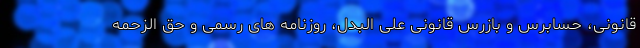
قانونی، حسابرس و بازرس قانونی علی البدل، روزنامه های رسمی و حق الزحمه